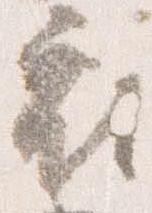
府